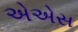
એએસ